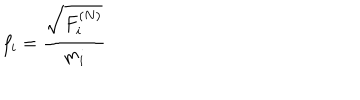
f _ { i } = \frac { \sqrt { F _ { i } ^ { ( N ) } } } { m _ { i } }